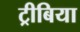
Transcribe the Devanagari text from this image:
ट्रीबिया